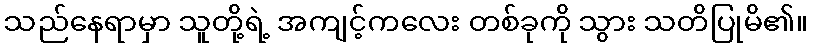
သည်နေရာမှာ သူတို့ရဲ့ အကျင့်ကလေး တစ်ခုကို သွား သတိပြုမိ၏။